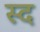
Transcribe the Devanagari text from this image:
स्द